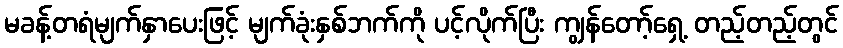
မခန့်တရံမျက်နှာပေးဖြင့် မျက်ခုံးနှစ်ဘက်ကို ပင့်လိုက်ပြီး ကျွန်တော့်ရှေ့ တည့်တည့်တွင်